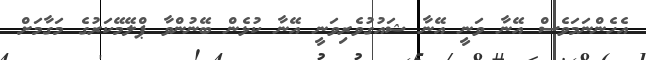
އެހެންނަމަވެސް އޭނާ ވަނީ އޭނާ ޝައުގުވެރިވަނީ އޭނާ ކުޅެން ބޭނުންވާ ޕްލޭމޭކަރުގެ މަގާމަށް